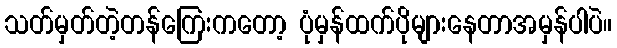
သတ်မှတ်တဲ့တန်ကြေးကတော့ ပုံမှန်ထက်ပိုများနေတာအမှန်ပါပဲ။